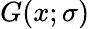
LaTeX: G(x;\sigma)